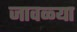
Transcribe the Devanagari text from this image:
जावळ्या